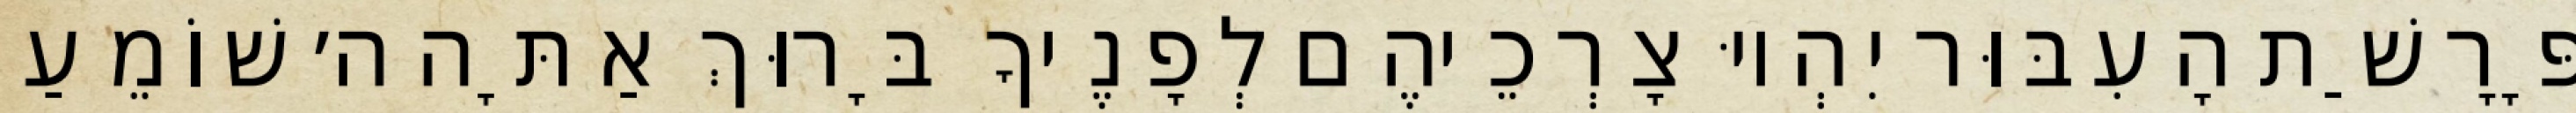
פָּרָשַׁת הָעִבּוּר יִהְיוּ צָרְכֵיהֶם לְפָנֶיךָ בָּרוּךְ אַתָּה ה׳ שׁוֹמֵעַ